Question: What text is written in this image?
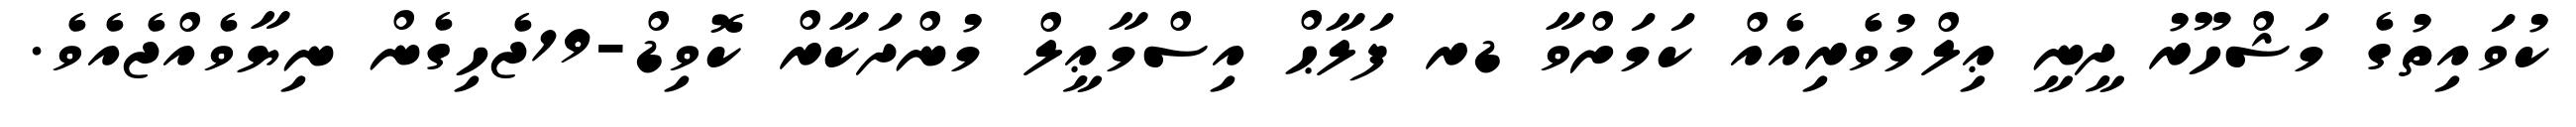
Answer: ކުވައިތުގެ މަޝްހޫރު ދީނީ ޢިލްމުވެރިއެއް ކަމަށްވާ ޑރ ފަލާޙް އިސްމާޢީލް މުންދަކާރް ކޮވިޑް-19ޖެހިގެން ނިޔާވެއްޖެއެވެ.